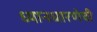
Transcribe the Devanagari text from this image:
ध्यानधारणेची